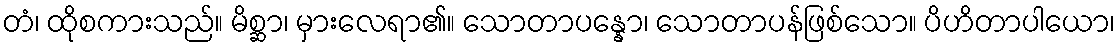
တံ၊ ထိုစကားသည်။ မိစ္ဆာ၊ မှားလေရာ၏။ သောတာပန္နော၊ သောတာပန်ဖြစ်သော။ ပိဟိတာပါယော၊